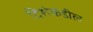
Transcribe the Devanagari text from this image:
दिशेकडील